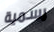
رسمية